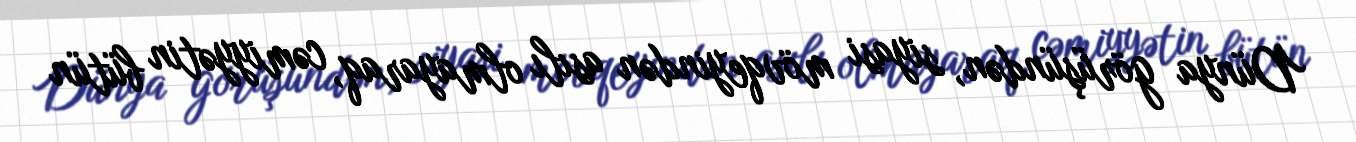
Dünya görüşündən, siyasi mövqeyindən asılı olmayaraq, cəmiyyətin bütün